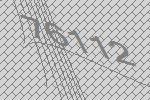
76112